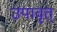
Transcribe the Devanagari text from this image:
उपावृत्